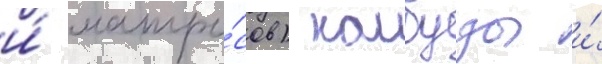
и́ матро́сов) камбузы и́